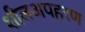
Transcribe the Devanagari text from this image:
शीलअपहरण